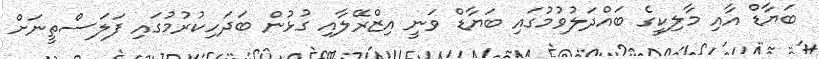
ބަޔާޑް އާއި މާލިކީގެ ބައްދަލުވުމުގައި ބަޔާޑް ވަނީ އިޒްރޭލާއި ގުޅުން ބަދަހިކުރުމުގައި ފަަލަސްތީނަށް